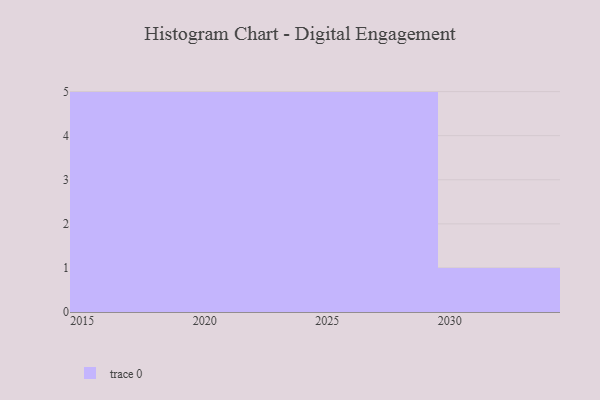
{"axis": {"x": "Year", "y": "Waste Production (Tons)"}, "legend": [""], "data": [{"x": "2020", "y": 22, "type": ""}, {"x": "2028", "y": 44, "type": ""}, {"x": "2021", "y": 82, "type": ""}, {"x": "2026", "y": 47, "type": ""}, {"x": "2030", "y": 93, "type": ""}, {"x": "2016", "y": 84, "type": ""}, {"x": "2022", "y": 29, "type": ""}, {"x": "2029", "y": 7, "type": ""}, {"x": "2015", "y": 39, "type": ""}, {"x": "2027", "y": 82, "type": ""}, {"x": "2019", "y": 8, "type": ""}, {"x": "2023", "y": 82, "type": ""}, {"x": "2025", "y": 20, "type": ""}, {"x": "2018", "y": 26, "type": ""}, {"x": "2017", "y": 85, "type": ""}, {"x": "2024", "y": 15, "type": ""}]}